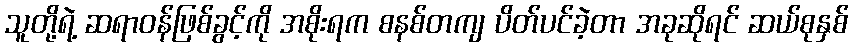
သူတို့ရဲ့ ဆရာဝန်ဖြစ်ခွင့်ကို အစိုးရက စနစ်တကျ ပိတ်ပင်ခဲ့တာ အခုဆိုရင် ဆယ်စုနှစ်